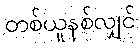
တစ်ယူနစ်လျှင်